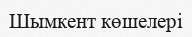
Шымкент көшелері